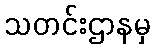
သတင်းဌာနမှ